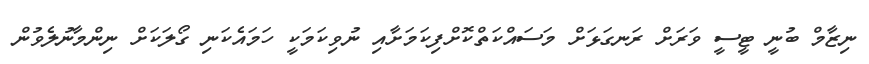
ނިޒާމް ބުނީ ޓީސީ ވަރަށް ރަނގަޅަށް މަސައްކަތްކޮށްފިކަމަށާއި ނުވިކަމަކީ ހަމައެކަނި ގޯލަކަށް ނިންމާނުލެވުން